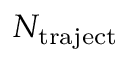
N _ { \mathrm { t r a j e c t } }